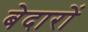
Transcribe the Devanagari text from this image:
बेदारों